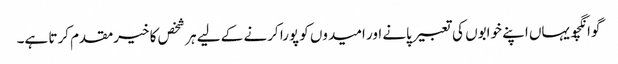
گوانگچو یہاں اپنے خوابوں کی تعبیر پانے اور امیدوں کو پورا کرنے کے لیے ہر شخص کا خیرمقدم کرتا ہے۔